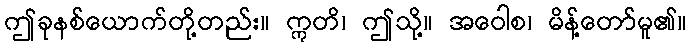
ဤခုနစ်ယောက်တို့တည်း။ ဣတိ၊ ဤသို့။ အဝေါစ၊ မိန့်တော်မူ၏။